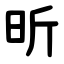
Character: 昕